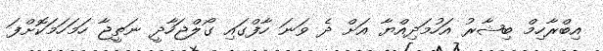
އިބްރާހިމް ބިޝާރު އަހުމަދިއްޔާ އަށް ދެ ވަނަ ހާފްގައި ގޯލްޖަހާދީ ނަތީޖާ ހަމަހަމަކޮށްފަ